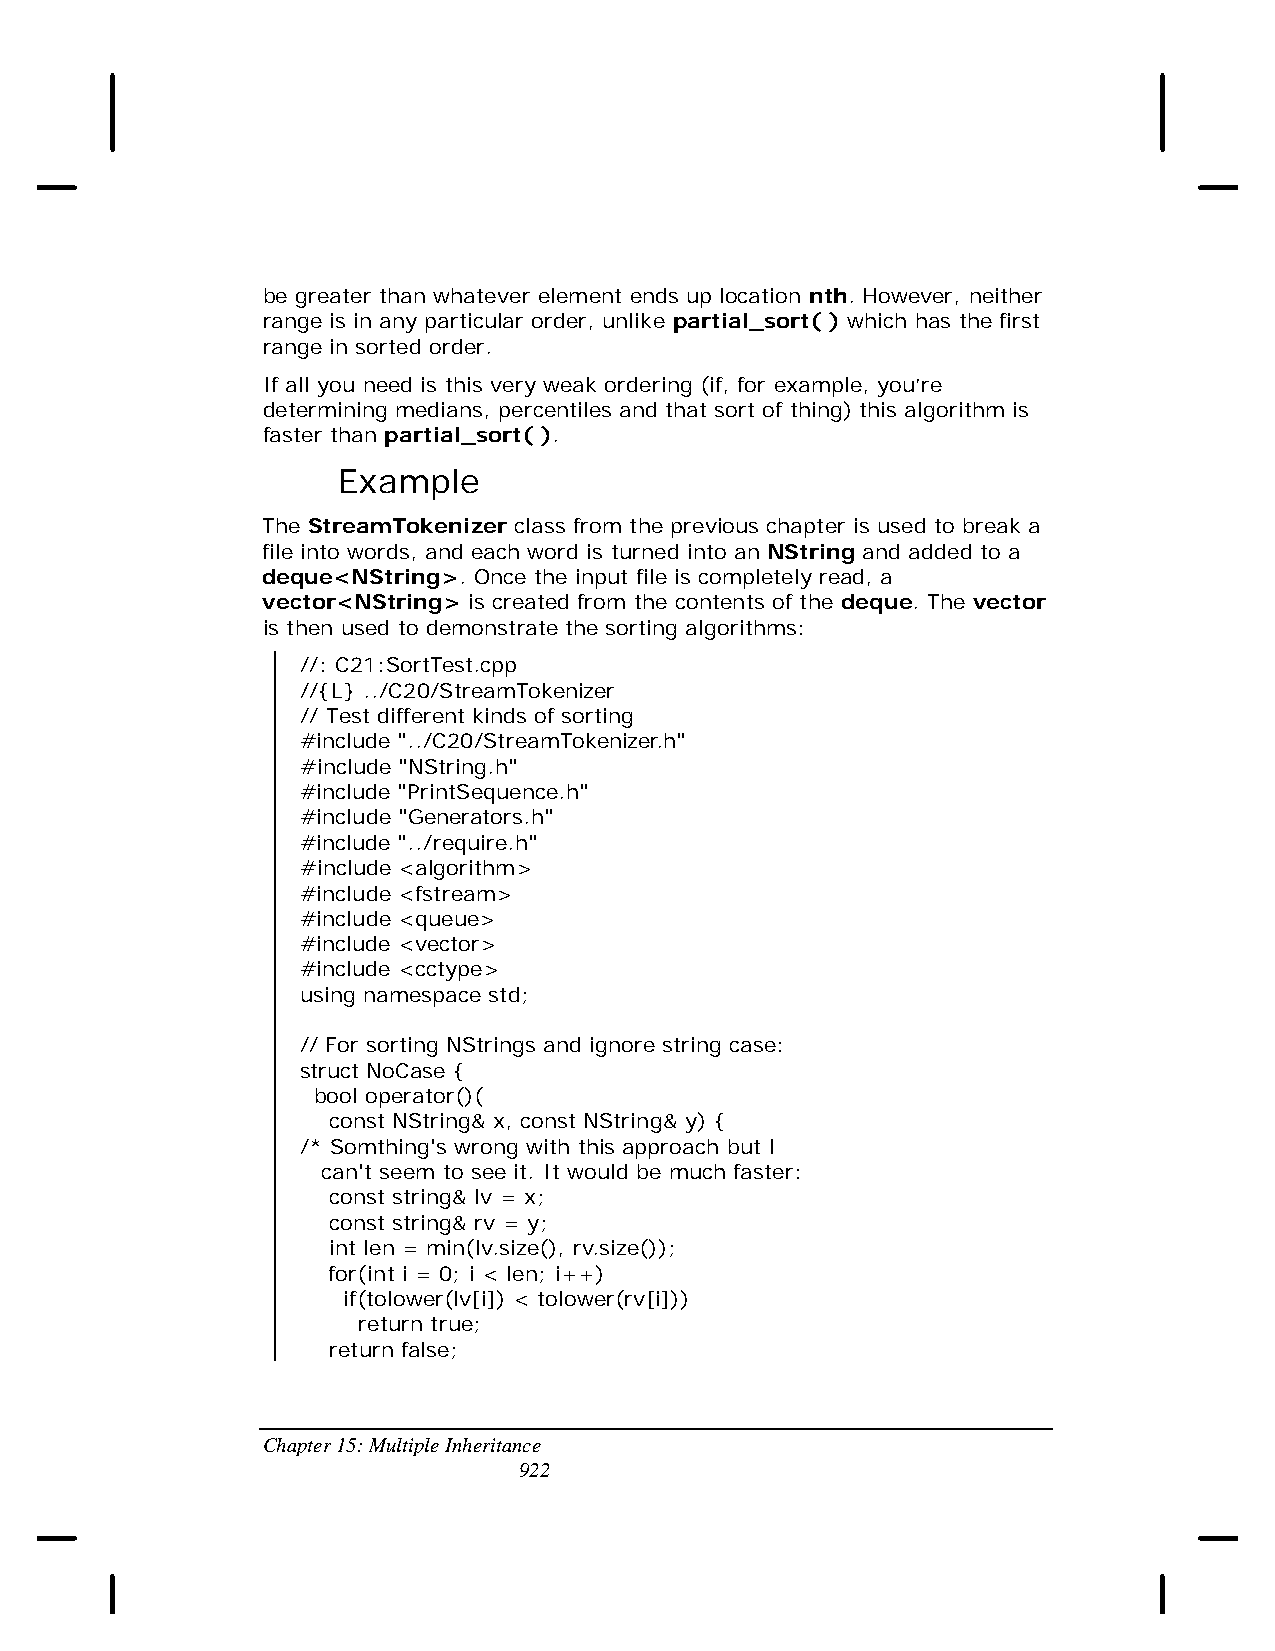
be greater than whatever element ends up location nth. However, neither
 range is in any particular order, unlike partial_sort( ) which has the first
 range in sorted order.
 If all you need is this very weak ordering (if, for example, you’re
 determining medians, percentiles and that sort of thing) this algorithm is
 faster than partial_sort( ).
 Example
 The StreamTokenizer class from the previous chapter is used to break a
 file into words, and each word is turned into an NString and added to a
 deque<NString>. Once the input file is completely read, a
 vector<NString> is created from the contents of the deque. The vector
 is then used to demonstrate the sorting algorithms:
 //: C21:SortTest.cpp
 //{L} ../C20/StreamTokenizer
 // Test different kinds of sorting
 #include "../C20/StreamTokenizer.h"
 #include "NString.h"
 #include "PrintSequence.h"
 #include "Generators.h"
 #include "../require.h"
 #include <algorithm>
 #include <fstream>
 #include <queue>
 #include <vector>
 #include <cctype>
 using namespace std;
 // For sorting NStrings and ignore string case:
 struct NoCase {
 bool operator()(
 const NString& x, const NString& y) {
 /* Somthing's wrong with this approach but I
 can't seem to see it. It would be much faster:
 const string& lv = x;
 const string& rv = y;
 int len = min(lv.size(), rv.size());
 for(int i = 0; i < len; i++)
 if(tolower(lv[i]) < tolower(rv[i]))
 return true;
 return false;
 Chapter 15: Multiple Inheritance
 922